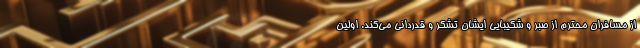
از مسافران محترم از صبر و شکیبایی ایشان تشکر و قدردانی می‌کند. اولین